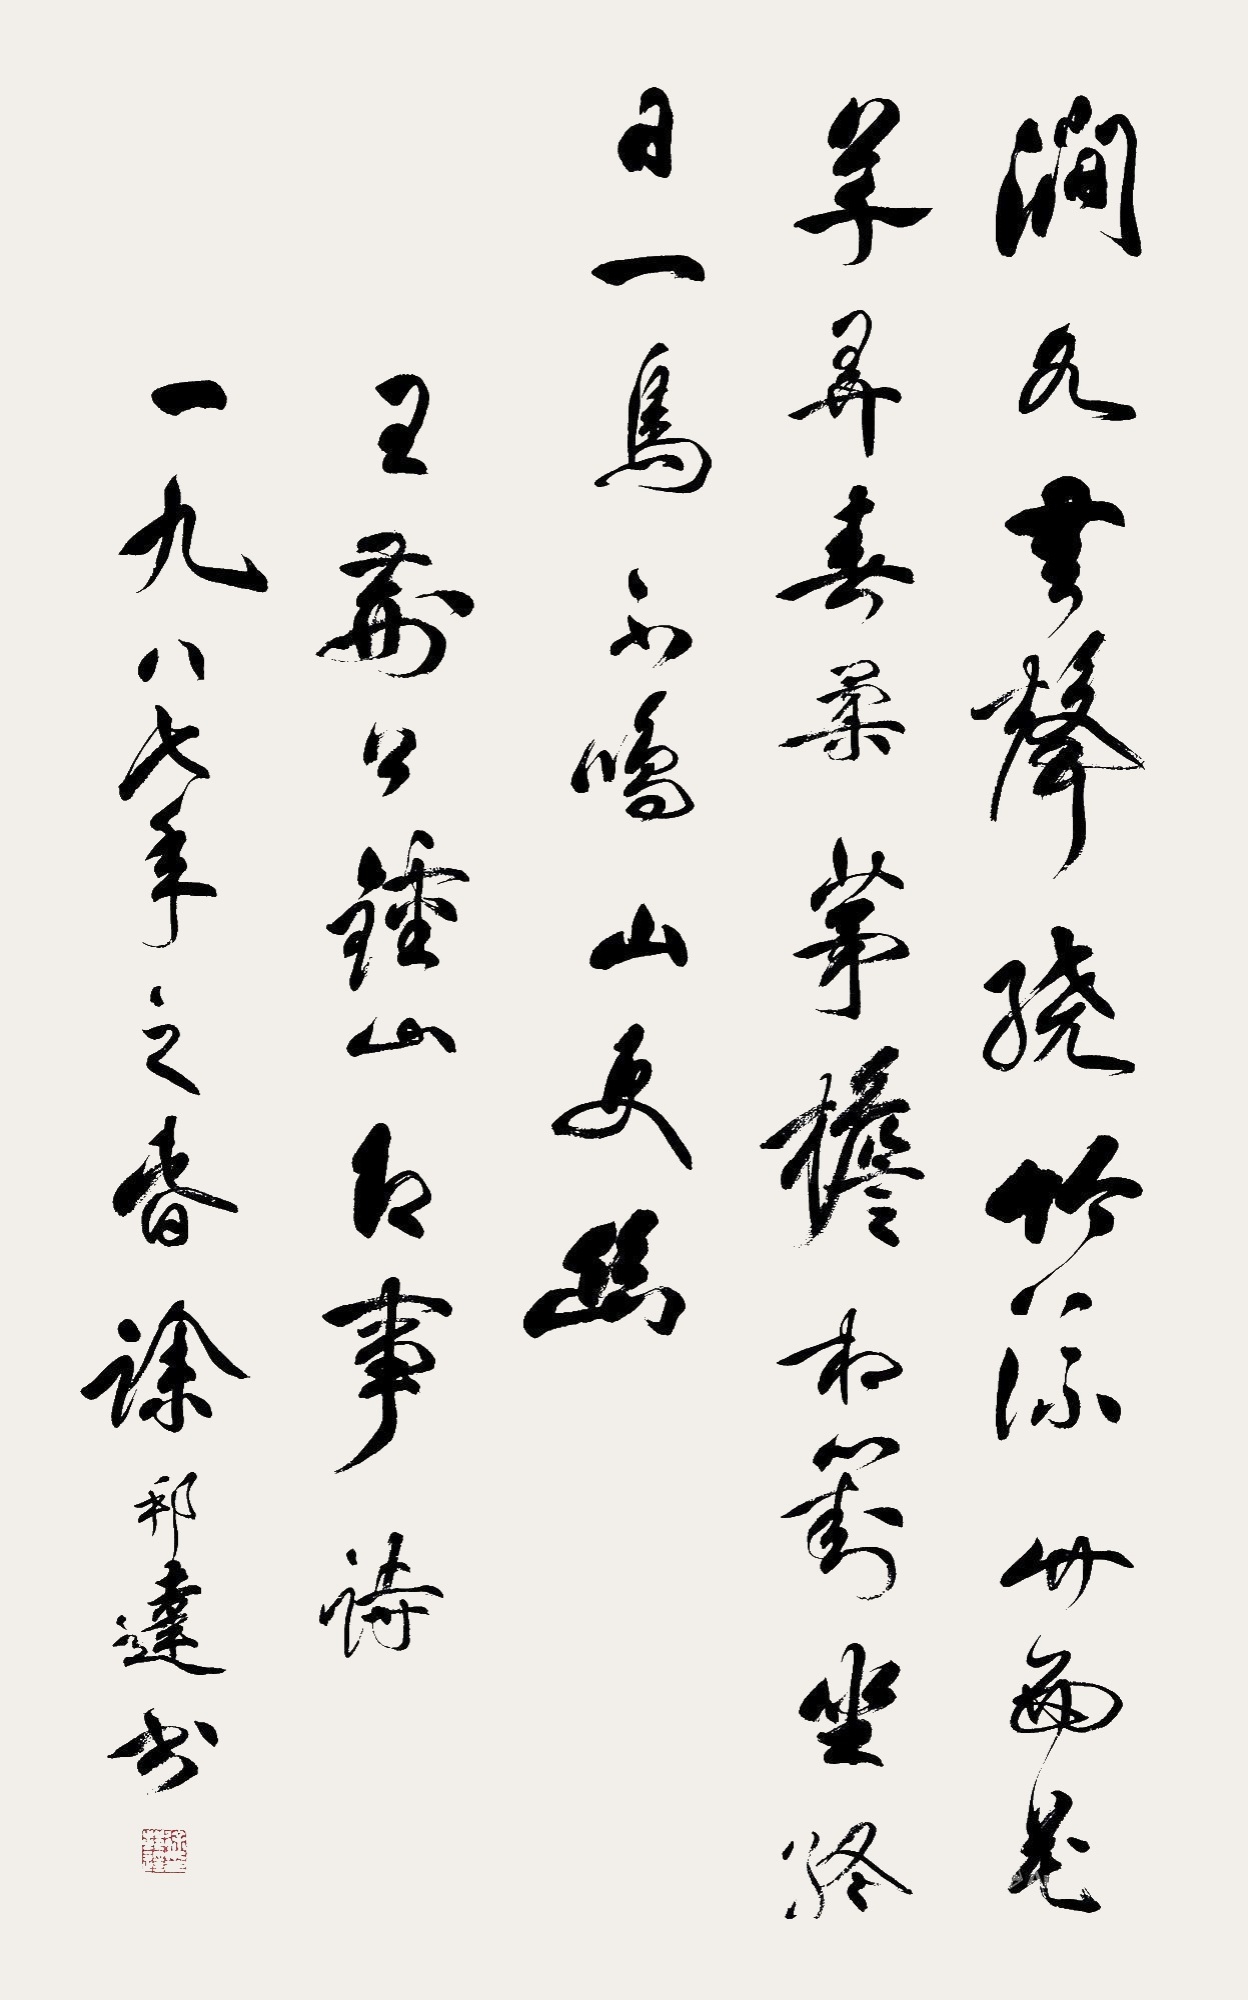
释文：涧水无声绕竹流，竹西花草弄春柔。茅檐相对坐终日，一鸟不鸣山更幽。王荆公《钟山纪事》诗，一九八七年之春，徐邦达书。